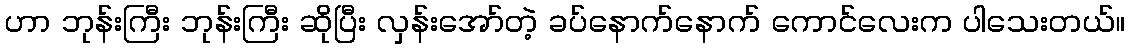
ဟာ ဘုန်းကြီး ဘုန်းကြီး ဆိုပြီး လှန်းအော်တဲ့ ခပ်နောက်နောက် ကောင်လေးက ပါသေးတယ်။